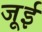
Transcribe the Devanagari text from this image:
जूई